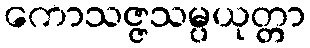
ကောသဇ္ဇသမ္ပယုတ္တာ